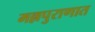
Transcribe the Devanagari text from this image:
मल्लपुराणात